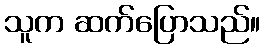
သူက ဆက်ပြောသည်။